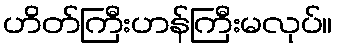
ဟိတ်ကြီးဟန်ကြီးမလုပ်။